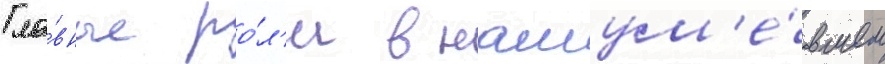
Гла́вные ро́л'и в нашум'е́вшем